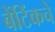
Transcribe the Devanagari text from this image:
बेंटिंकचे